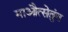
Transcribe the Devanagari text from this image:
माऔत्सेतुंग